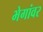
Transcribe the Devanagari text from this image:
भेगांवर